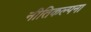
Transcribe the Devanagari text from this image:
नीतिकल्पना